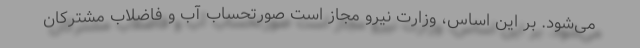
می‌شود. بر این اساس، وزارت نیرو مجاز است صورتحساب آب و فاضلاب مشترکان